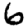
Digit: 6